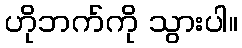
ဟိုဘက်ကို သွားပါ။